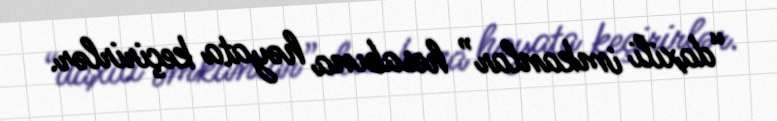
“daxili imkanlar” hesabına həyata keçirirlər.